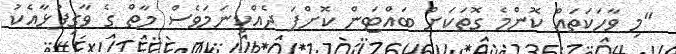
"މި ވާހަކަތައް ކޮންމެ ގޮތަކަށް ބައްޓަން ކޮށްފަ ދެއްކިނަމަވެސް މާތް ގެ ވާގިފުޅާއެކު